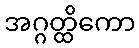
အဂ္ဂတ္ထိကော